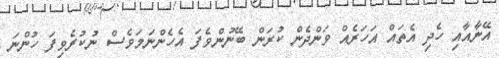
އޭނާއާއި ހެދި އެތައް އަހަރެއް ވަންދެން ކުރަން ބޭނުންވެފަ އެހެންނަމަވެސް ނުކުރެވިފަ ހުންނަ